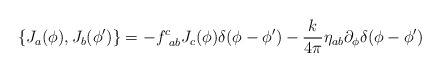
\begin{align*}\{J_a(\phi),J_b(\phi')\}=-f_{~ab}^{c}J_c(\phi)\delta(\phi-\phi')-\frac{k}{4\pi}\eta_{ab}\partial_\phi\delta(\phi-\phi')\end{align*}